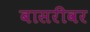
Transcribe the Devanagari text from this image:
बासरीवर